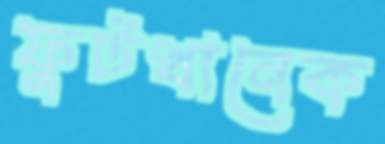
ফুটখানেক